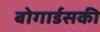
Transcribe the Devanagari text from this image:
बोगार्डसकी